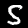
Digit: 5